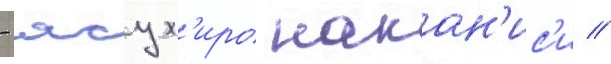
- ясух'иро накан'ис'и //